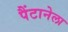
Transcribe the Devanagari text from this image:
पैंटानेला